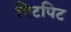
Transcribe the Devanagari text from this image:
गिटपिट